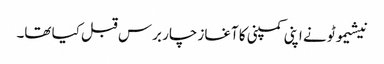
نیشیموٹو نے اپنی کمپنی کا آغاز چار برس قبل کیا تھا۔